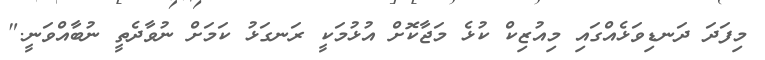
މިފަދަ ދަނޑިވަޅެއްގައި މިއުޒިކް ކުޅެ މަޖާކޮށް އުޅުމަކީ ރަނގަޅު ކަމަށް ނުވާދެތީ ނުބާއްވަނީ."